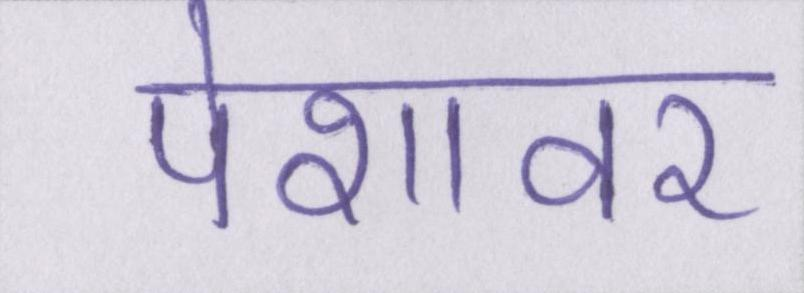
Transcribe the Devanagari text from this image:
पेशावर